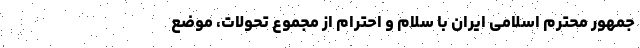
جمهور محترم اسلامی ایران با سلام و احترام از مجموع تحوّلات، موضع‌